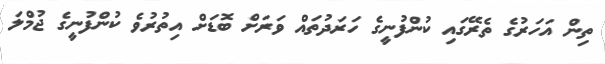
ތިން އަހަރުގެ ތެރޭގައި ކުންފުނީގެ ހަރަދުތައް ވަރަށް ބޮޑަށް އިތުރުވެ ކުންފުނީގެ ޖުމްލަ